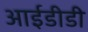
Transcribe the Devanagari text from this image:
आईडीडी